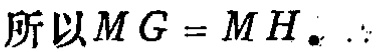
所以$MG = MH$.  $\therefore$